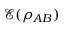
\mathcal { E } ( \rho _ { A B } )